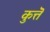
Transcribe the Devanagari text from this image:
कुत्तॆ